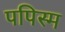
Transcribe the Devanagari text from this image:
पपिस्म